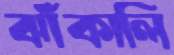
ঝাঁকালি